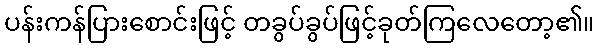
ပန်းကန်ပြားစောင်းဖြင့် တခွပ်ခွပ်ဖြင့်ခုတ်ကြလေတော့၏။